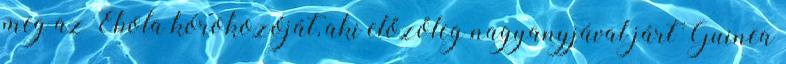
meg az Ebola kórokozóját, aki előzőleg nagyanyjával járt Guinea